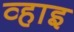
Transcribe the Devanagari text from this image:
व्हाइ